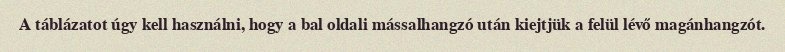
A táblázatot úgy kell használni, hogy a bal oldali mássalhangzó után kiejtjük a felül lévő magánhangzót.